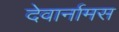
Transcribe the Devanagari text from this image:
देवार्नामस